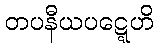
တပနီယပဋ္ဋေဟိ